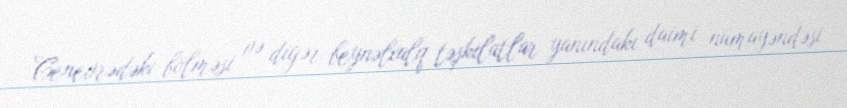
Cenevrədəki bölməsi və digər beynəlxalq təşkilatlar yanındakı daimi nümayəndəsi